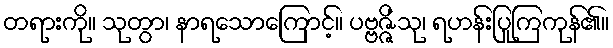
တရားကို။ သုတွာ၊ နာရသောကြောင့်။ ပဗ္ဗဇ္ဇိံသု၊ ရဟန်းပြုကြကုန်၏။